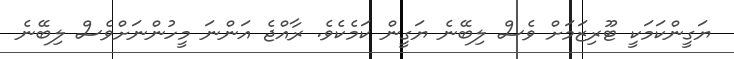
ޔަގީންކަމަކީ ޓޫރިޒަމަށް ވެސް ލިބޭނެ ޔަގީން ކަމެކެވެ. ރާއްޖެ އަންނަ މީހުންނަށްވެސް ލިބޭނެ